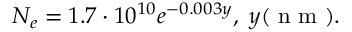
N _ { e } = 1 . 7 \cdot 1 0 ^ { 1 0 } e ^ { - 0 . 0 0 3 y } , \; y ( \textrm { n m } ) .